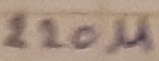
Text: 220µ